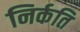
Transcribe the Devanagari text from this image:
निर्कति